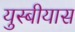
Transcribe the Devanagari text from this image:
युस्बीयास